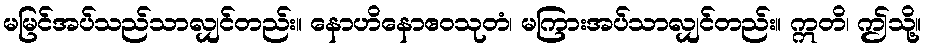
မမြင်အပ်သည်သာလျှင်တည်း။ နောဟိနောဧဝသုတံ၊ မကြားအပ်သာလျှင်တည်း။ ဣတိ၊ ဤသို့။